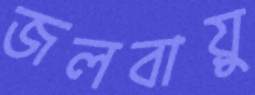
জলবায়ু